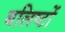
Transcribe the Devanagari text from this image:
बलिष्टों